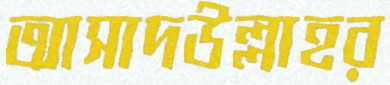
আসাদউল্লাহর